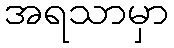
အရသာမှာ